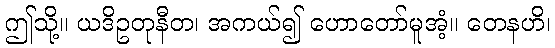
ဤသို့။ ယဒိဥတုနီတ၊ အကယ်၍ ဟောတော်မူအံ့။ တေနဟိ၊